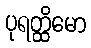
ပုရတ္ထိမော